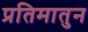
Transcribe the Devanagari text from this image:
प्रतिमातुन